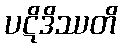
ပဋိဒိဿတိ